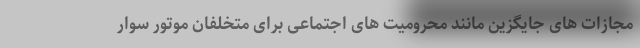
مجازات های جایگزین مانند محرومیت های اجتماعی برای متخلفان موتور سوار